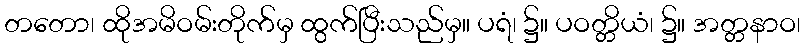
တတော၊ ထိုအမိဝမ်းတိုက်မှ ထွက်ပြီးသည်မှ။ ပရံ၊ ၌။ ပဝတ္တိယံ၊ ၌။ အတ္တနာဝ၊